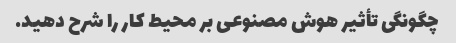
چگونگی تأثیر هوش مصنوعی بر محیط کار را شرح دهید.